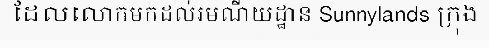
ដែលលោកមកដល់រមណីយដ្ឋាន Sunnylands ក្រុង